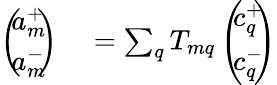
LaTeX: \begin{array}{rl}{\left(\! \! \begin{array}{c}{a_{m}^{+}}\\ {a_{m}^{-}}\end{array}\! \! \right)}&{{}=\sum_{q}T_{mq}\left(\! \! \begin{array}{c}{c_{q}^{+}}\\ {c_{q}^{-}}\end{array}\! \! \right)}\end{array}